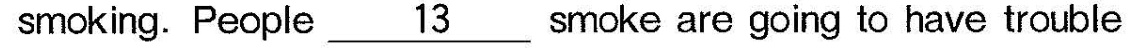
smoking. People \underline{13} smoke are going to have trouble